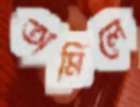
তামিলে